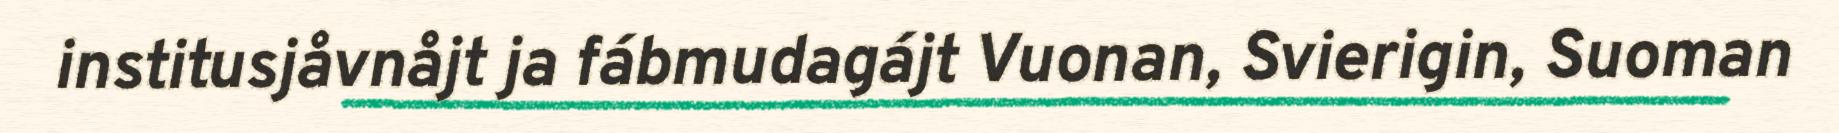
institusjåvnåjt ja fábmudagájt Vuonan, Svierigin, Suoman